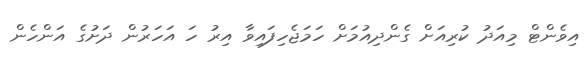
އިވެންޓް މިއަދު ކުރިއަށް ގެންދިއުމަށް ހަމަޖެހިފައިވާ އިރު ހަ އަހަރުން ދަށުގެ އަންހެން